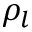
\rho _ { l }